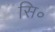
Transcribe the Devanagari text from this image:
सि॰